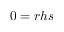
0 = r h s